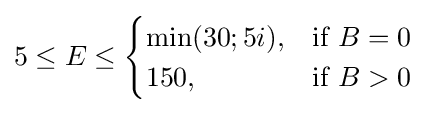
5\leq E\leq {\begin{cases}\min(30;5i),&{\text{if }}B=0\\150,&{\text{if }}B>0\end{cases}}